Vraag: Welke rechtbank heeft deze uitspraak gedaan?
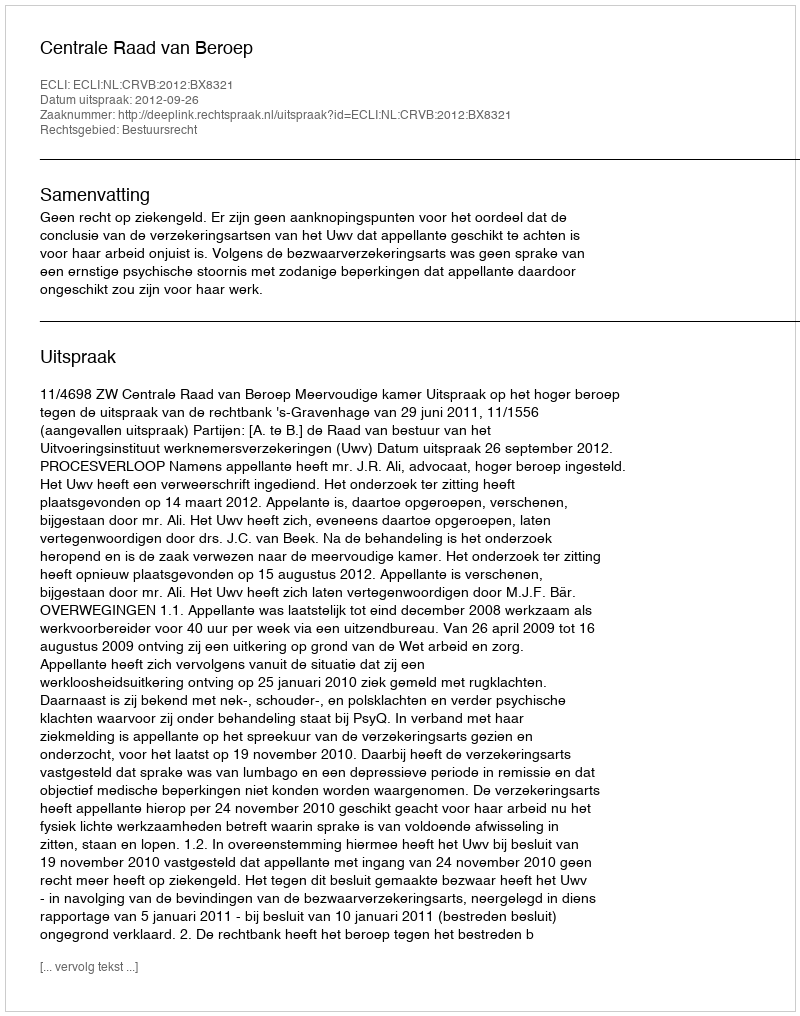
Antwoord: Centrale Raad van Beroep